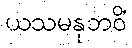
ယသမနုဘဝိံ